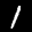
Label: 1